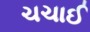
ચચાઈ